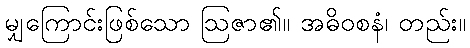
မျှကြောင်းဖြစ်သော ဩဇာ၏။ အဓိဝစနံ၊ တည်း။